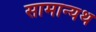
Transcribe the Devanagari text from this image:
सामान्यथ